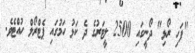
"ފަހި ރޯޅި" ދޯނީގައި 2500 ލީޓަރުގެ ދެ ކަޅު ހަމުގައި ޕެޓްރޯލް ހުއްޓެވެ.